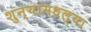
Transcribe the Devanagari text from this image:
शुन्यामधल्या